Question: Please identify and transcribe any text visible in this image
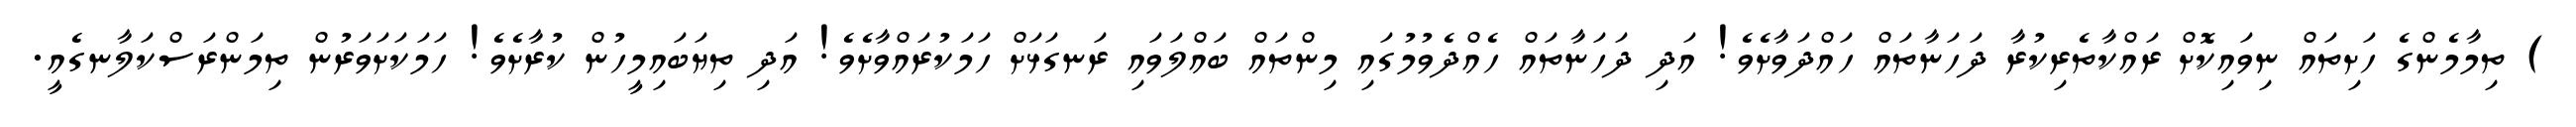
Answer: ) ތިމާމެންގެ ހަށިތައް ނިވައިކޮށް ރައްކާތެރިކުރާ ދަހަނާތައް ހައްދަވާށެވެ! އަދި ދަހަނާތައް ހެއްދެވުމުގައި މިންތައް ބައްލަވައި ރަނގަޅަށް ހަމަކުރައްވާށެވެ! އަދި ތިޔަބައިމީހުން ކުރާށެވެ! ހަމަކަށަވަރުން ތިމަންރަސްކަލާނގެއީ.